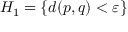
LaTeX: H _ { 1 } = \{ d ( p , q ) < \varepsilon \}